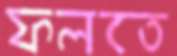
ফলতে